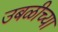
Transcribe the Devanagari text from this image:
उबळीच्या